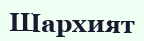
Шархият